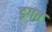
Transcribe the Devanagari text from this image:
डगत